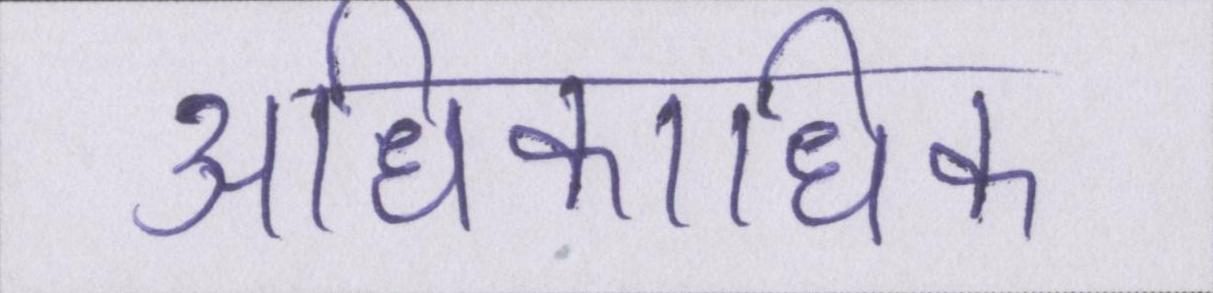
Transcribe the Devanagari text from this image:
अधिकाधिक